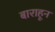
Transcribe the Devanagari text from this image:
बाराहून